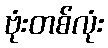
ဗုံးတစ်လုံး